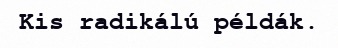
Kis radikálú példák.